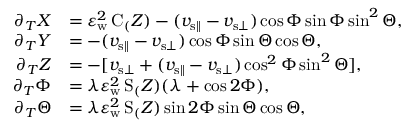
\begin{array} { r l } { \partial _ { T } X } & { = \varepsilon _ { \mathrm { w } } ^ { 2 } \, \mathrm { C } _ ( Z ) - ( v _ { { \mathrm { s } } \parallel } - v _ { { \mathrm { s } } \bot } ) \cos \Phi \sin \Phi \sin ^ { 2 } \Theta , } \\ { \partial _ { T } Y } & { = - ( v _ { { \mathrm { s } } \parallel } - v _ { { \mathrm { s } } \bot } ) \cos \Phi \sin \Theta \cos \Theta , } \\ { \partial _ { T } Z } & { = - [ v _ { { \mathrm { s } } \bot } + ( v _ { { \mathrm { s } } \parallel } - v _ { { \mathrm { s } } \bot } ) \cos ^ { 2 } \Phi \sin ^ { 2 } \Theta ] , } \\ { \partial _ { T } \Phi } & { = \lambda \varepsilon _ { \mathrm { w } } ^ { 2 } \, \mathrm { S } _ ( Z ) ( \lambda + \cos 2 \Phi ) , } \\ { \partial _ { T } \Theta } & { = \lambda \varepsilon _ { \mathrm { w } } ^ { 2 } \, \mathrm { S } _ ( Z ) \sin 2 \Phi \sin \Theta \cos \Theta , } \end{array}